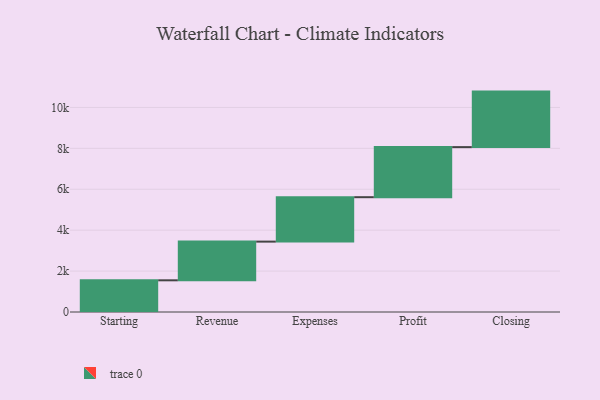
{"axis": {"x": "Step", "y": "Value"}, "legend": [""], "data": [{"x": "Starting", "y": 1549.0, "type": ""}, {"x": "Revenue", "y": 1891.0, "type": ""}, {"x": "Expenses", "y": 2172.0, "type": ""}, {"x": "Profit", "y": 2447.0, "type": ""}, {"x": "Closing", "y": 2714.0, "type": ""}]}